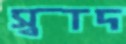
স্বাদ